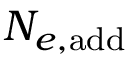
N _ { e , \mathrm { a d d } }